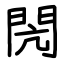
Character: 閌